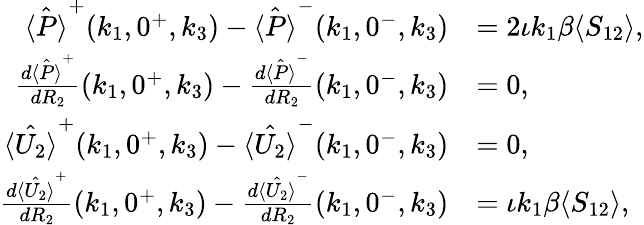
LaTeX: \begin{array}{rl}{\hat{\langle P\rangle}^{+}(k_{1},0^{+},k_{3})-\hat{\langle P\rangle}^{-}(k_{1},0^{-},k_{3})}&{=2\iota k_{1}\beta\langle S_{12}\rangle,}\\ {\frac{d\hat{\langle P\rangle}^{+}}{dR_{2}}(k_{1},0^{+},k_{3})-\frac{d\hat{\langle P\rangle}^{-}}{dR_{2}}(k_{1},0^{-},k_{3})}&{=0,}\\ {\hat{\langle U_{2}\rangle}^{+}(k_{1},0^{+},k_{3})-\hat{\langle U_{2}\rangle}^{-}(k_{1},0^{-},k_{3})}&{=0,}\\ {\frac{d\hat{\langle U_{2}\rangle}^{+}}{dR_{2}}(k_{1},0^{+},k_{3})-\frac{d\hat{\langle U_{2}\rangle}^{-}}{dR_{2}}(k_{1},0^{-},k_{3})}&{=\iota k_{1}\beta\langle S_{12}\rangle,}\end{array}